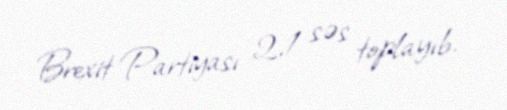
Brexit Partiyası 2,1 səs toplayıb.